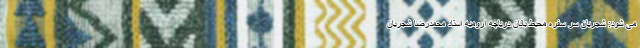
می شود: شجریان سر سفره محیط بانان دریاچه ارومیه استاد محمدرضا شجریان